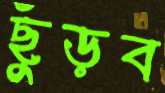
ছুঁড়ব